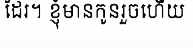
ដែរ។ ខ្ញុំមានកូនរួចហើយ